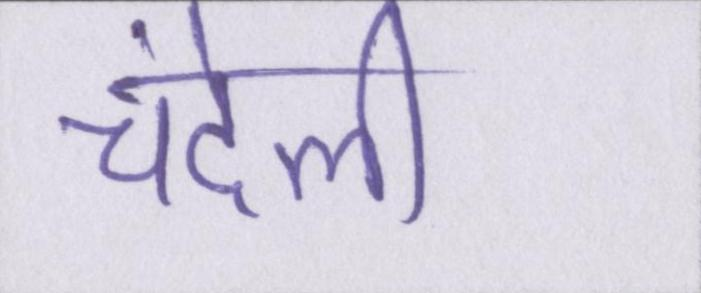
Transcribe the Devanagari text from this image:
चंदेली